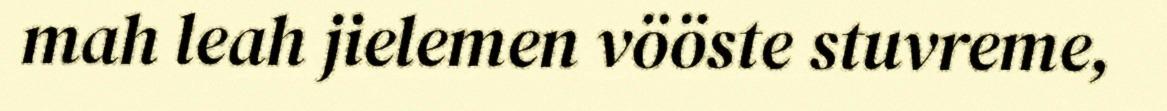
mah leah jielemen vööste stuvreme,